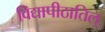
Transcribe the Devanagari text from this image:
विद्यापीठातिल्